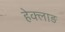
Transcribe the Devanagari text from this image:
हेक्लाङ